Source: Handwritten
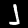
Digit: ၂ (2)